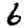
Digit: 6